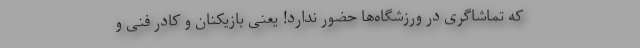
که تماشاگری در ورزشگاه‌ها حضور ندارد! یعنی بازیکنان و کادر فنی و